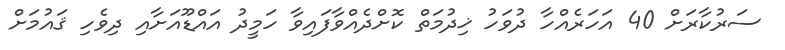
ސަރުކާރަށް 40 އަހަރެއްހާ ދުވަހު ޚިދުމަތް ކޮށްދެއްވާފައިވާ ހަމީދު އައްޑޫއަށާއި ދިވެހި ޤައުމަށް